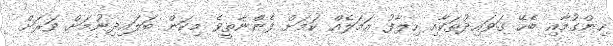
ހިންގުމާއި ބެހޭ ގަވައިދުތަކާއި ހިލާފު އަމަލެއް ކަމަށް ފެންނާތީވެ މިކަން ބަލައިދިނުމަށް ވަރަށް